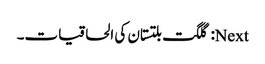
Next: گلگت بلتستان کی الحاقیات۔